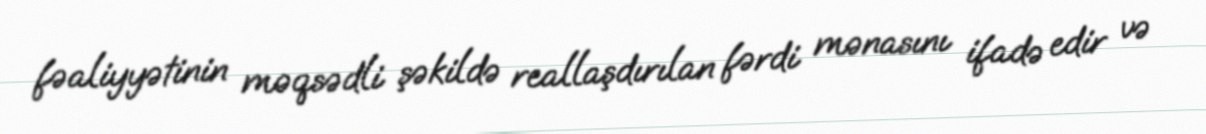
fəaliyyətinin məqsədli şəkildə reallaşdırılan fərdi mənasını ifadə edir və